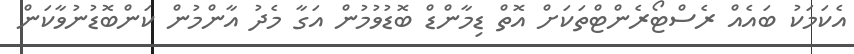
އެކަމަކު ބައެއް ރެސްޓޯރެންޓްތަކަށް އޮތް ޑިމާންޑް ބޮޑުވުމުން އަގާ މެދު އާންމުން ކަންބޮޑުނުވާކަން